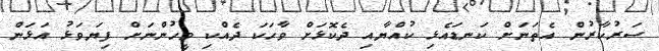
ސަރުކާރުން އެތަނަށް ކަނޑައެޅި ކުއްޔާއި ދެކޮޅަށް ވާހަކަ ދެއްކި މީހުންނަށް ފިޔަވަޅު އަޅަން